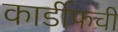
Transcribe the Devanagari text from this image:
कार्डीफची